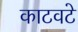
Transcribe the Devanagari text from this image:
काटवटे